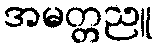
အမတ္တညူ